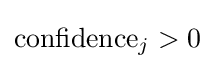
\mathrm {confidence} _{j}>0